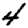
Digit: 4